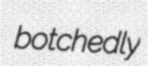
botchedly